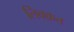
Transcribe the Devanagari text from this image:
लिक्क़त